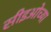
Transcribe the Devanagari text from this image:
सीइओच्या